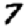
Digit: 7